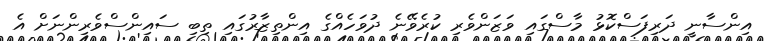
އިންސާނީ ދަރިފަސްކޮޅު މާސްގައި ވަޒަންވެރި ކުރެވޭނެ ދުވަހެއްގެ އިންތިޒާރުގައި ތިބި ސައިންސްވެރިންނަށް އެ